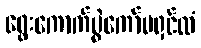
ရွေးကောက်ပွဲကော်မရှင်ထံ